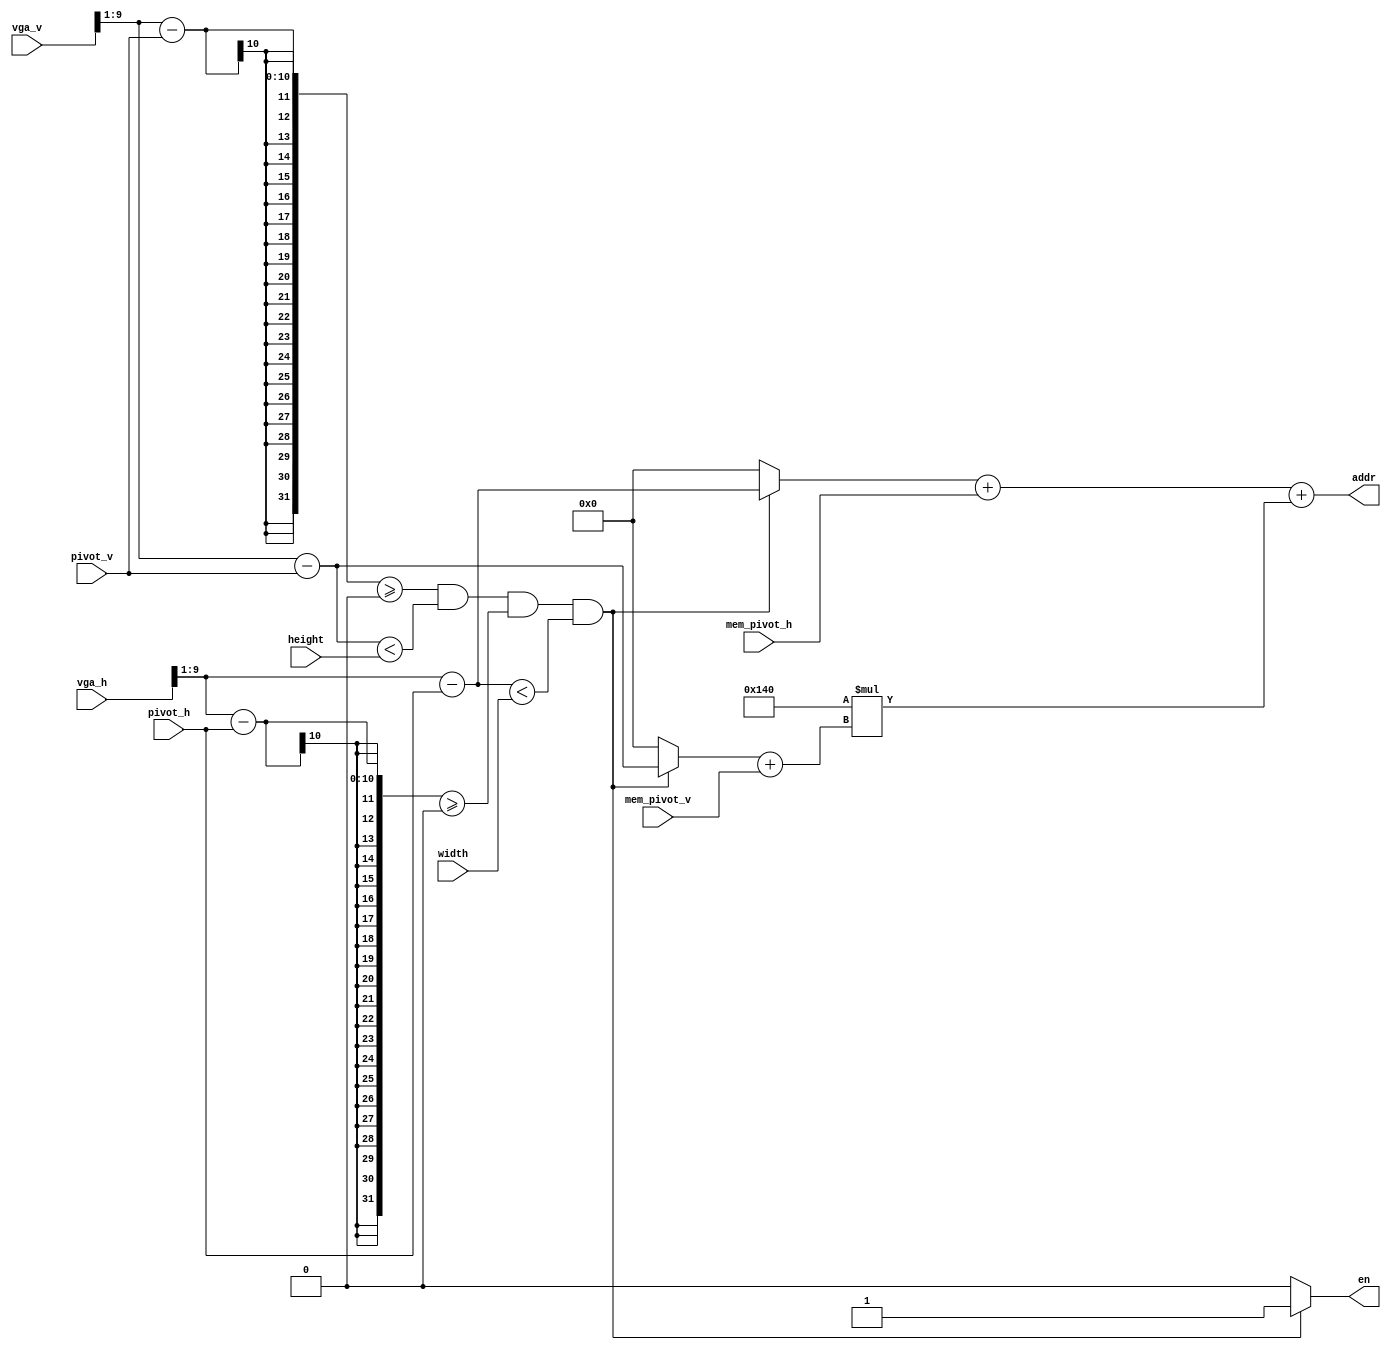
module terrain(
    output wire [16:0] addr, 
    output reg en,
    input wire [9:0] vga_h,
    input wire [9:0] vga_v,
    input wire [9:0] mem_pivot_h,
    input wire [9:0] mem_pivot_v,
    input wire [9:0] pivot_h,
    input wire [9:0] pivot_v,
    input wire [9:0] width,
    input wire [9:0] height
);

    wire [9:0] h, v;
    assign h = vga_h >> 1;
    assign v = vga_v >> 1;

    reg [9:0] disp_h, disp_v;
    always @* begin
        if(v-pivot_v>=0 && v-pivot_v<height && h-pivot_h>=0 && h-pivot_h<width) begin
            en = 1;
            disp_h = h-pivot_h;
            disp_v = v-pivot_v;
        end else begin
            en = 0;
            disp_h = 0;
            disp_v = 0;
        end
    end
    assign addr = disp_h + mem_pivot_h + 320*(disp_v + mem_pivot_v);

endmodule